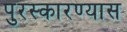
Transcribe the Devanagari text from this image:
पुरस्कारण्यास